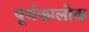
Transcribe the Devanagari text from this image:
पूर्णकालोक